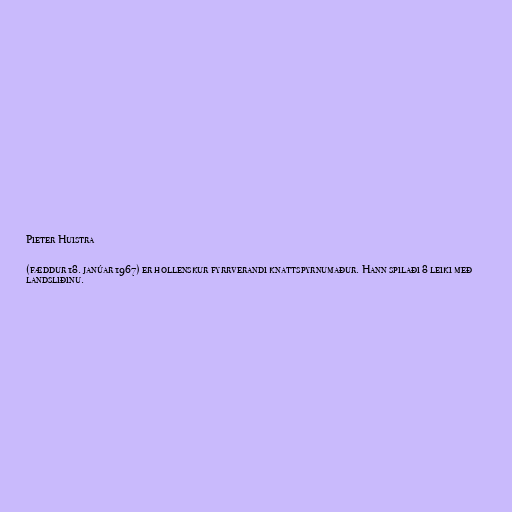
Pieter Huistra

(fæddur 18. janúar 1967) er hollenskur fyrrverandi knattspyrnumaður. Hann spilaði 8 leiki með
landsliðinu.